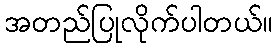
အတည်ပြုလိုက်ပါတယ်။